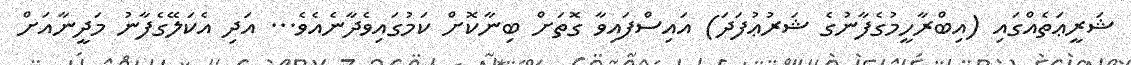
ޝަރީޢަތެއްގައި (އިބްރާހީމުގެފާނުގެ ޝަރުޢުފަދަ) އައިސްފައިވާ ގޮތަށް ބިނާކޮށް ކަމުގައިވެދާނެއެވެ... އަދި އެކަލޭގެފާނު މަދީނާއަށް